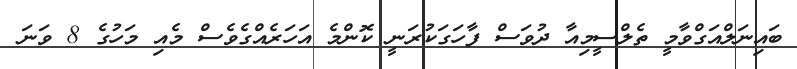
ބައިނަލްއަގްވާމީ ތެލްސީމިއާ ދުވަސް ފާހަގަކުރަނީ ކޮންމެ އަހަރެއްގެވެސް މެއި މަހުގެ 8 ވަނަ